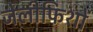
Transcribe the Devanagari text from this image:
जेलीफिशों